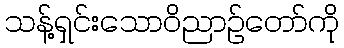
သန့်ရှင်းသောဝိညာဉ်တော်ကို